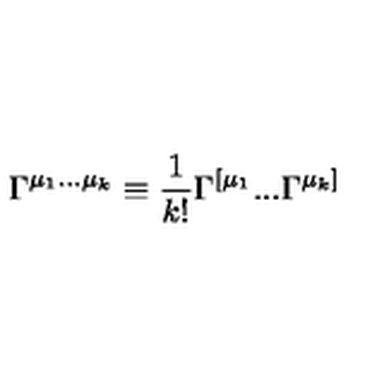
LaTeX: \Gamma ^ { \mu _ { 1 } . . . \mu _ { k } } \equiv { \frac { 1 } { k ! } } \Gamma ^ { [ \mu _ { 1 } } . . . \Gamma ^ { \mu _ { k } ] }